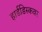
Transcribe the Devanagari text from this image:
हार्डडिस्कवर